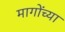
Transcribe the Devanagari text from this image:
मागोंच्या